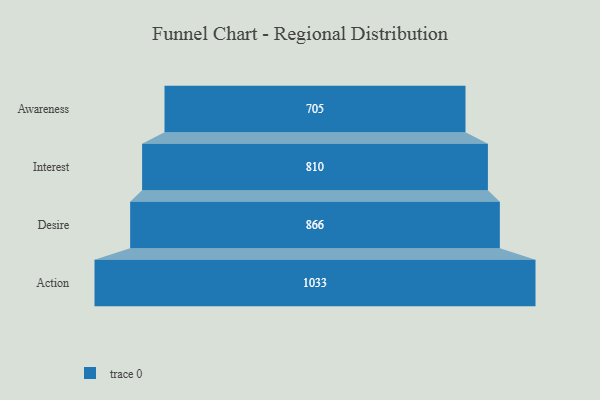
{"axis": {"x": "Stage", "y": "Value"}, "legend": [""], "data": [{"x": "Awareness", "y": 705.0, "type": ""}, {"x": "Interest", "y": 810.0, "type": ""}, {"x": "Desire", "y": 866.0, "type": ""}, {"x": "Action", "y": 1033.0, "type": ""}]}